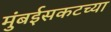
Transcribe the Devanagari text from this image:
मुंबईसकटच्या